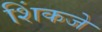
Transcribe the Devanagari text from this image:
शिंकजे